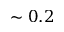
\sim 0 . 2